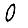
Digit: 0